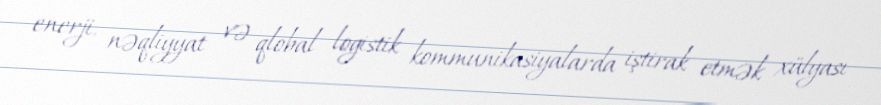
enerji, nəqliyyat və qlobal logistik kommunikasiyalarda iştirak etmək xülyası